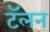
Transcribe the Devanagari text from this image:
टॅलन